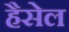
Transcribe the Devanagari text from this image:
हैसेल